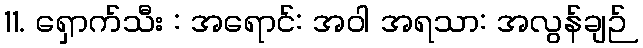
11. ရှောက်သီး : အရောင်: အဝါ အရသာ: အလွန်ချဉ်